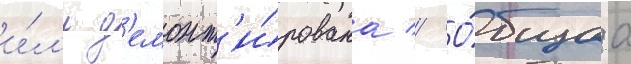
и́л'и д'емонт'и́рована // О́бщаа